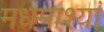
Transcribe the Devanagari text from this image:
मधमाश्यां